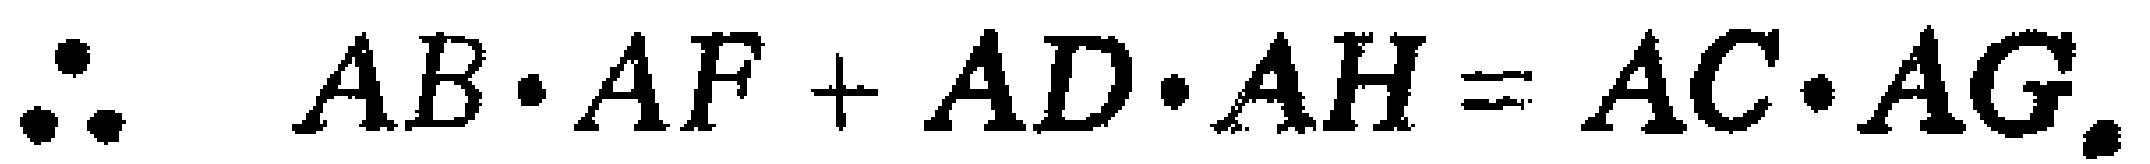
\(\therefore\ AB\cdot AF + AD\cdot AH = AC\cdot AG.\)